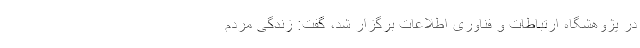
در پژوهشگاه ارتباطات و فناوری اطلاعات برگزار شد، گفت: زندگی مردم